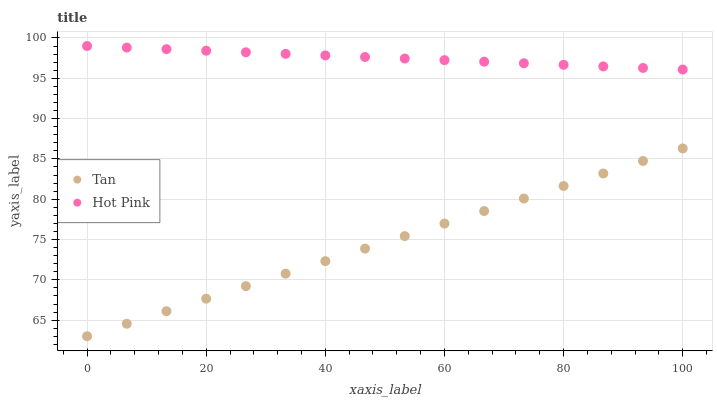
| xaxis_label | Tan | Hot Pink |
 | --- | --- | --- |
 | 0 | 63 | 99 |
 | 6.67 | 64.6 | 98.8 |
 | 13.3 | 66.1 | 98.6 |
 | 20 | 67.7 | 98.4 |
 | 26.7 | 69.2 | 98.2 |
 | 33.3 | 70.8 | 98 |
 | 40 | 72.3 | 97.8 |
 | 46.7 | 73.9 | 97.6 |
 | 53.3 | 75.4 | 97.4 |
 | 60 | 77 | 97.3 |
 | 66.7 | 78.5 | 97.1 |
 | 73.3 | 80.1 | 96.9 |
 | 80 | 81.6 | 96.7 |
 | 86.7 | 83.2 | 96.5 |
 | 93.3 | 84.7 | 96.3 |
 | 100 | 86.3 | 96.1 |